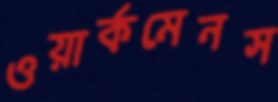
ওয়ার্কমেনস